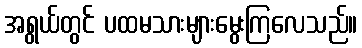
အရွယ်တွင် ပထမသားများမွေးကြလေသည်။